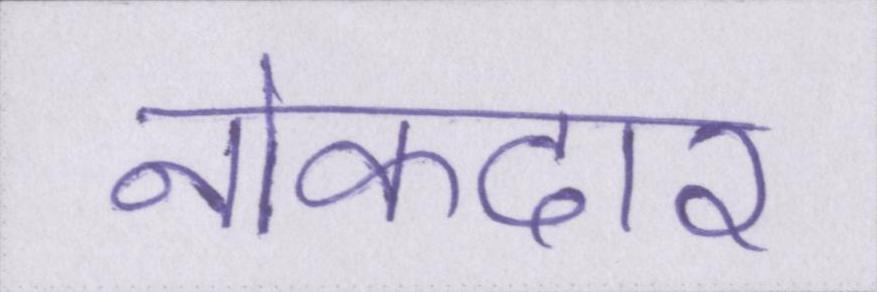
नोकदार